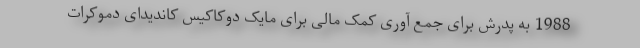
1988 به پدرش برای جمع آوری کمک مالی برای مایک دوکاکیس کاندیدای دموکرات